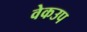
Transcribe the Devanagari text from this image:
वेकउप